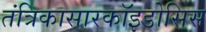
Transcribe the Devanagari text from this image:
तंत्रिकासारकॉइडोसिस